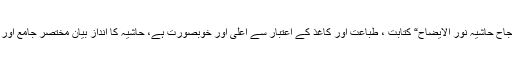
”ذریعۃ النجاح حاشیہ نور الایضاح“ کتابت ، طباعت اور کاغذ کے اعتبار سے اعلیٰ اور خوبصورت ہے، حاشیہ کا اندازِ بیان مختصر جامع اور آسان ہے۔